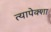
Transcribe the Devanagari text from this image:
त्यापेक्शा